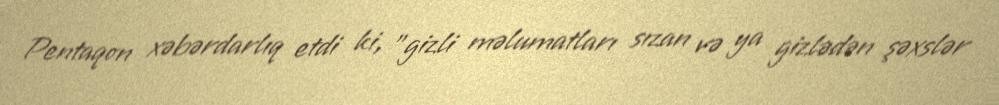
Pentaqon xəbərdarlıq etdi ki, "gizli məlumatları sızan və ya gizlədən şəxslər